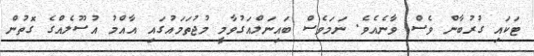
ޓަކައި ގުރުބާން ވެސް ވާނެއެވެ. ނަމަވެސް ބައިނަލްއަގުވާމީ މުޖުތަމައުގައި އާއްމު އުސޫލެއްގެ ގޮތުން